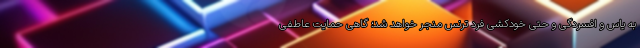
به یاس و افسردگی و حتی خودکشی فرد ترنس منجر خواهد شد؛ گاهی حمایت عاطفی